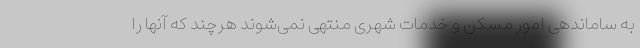
به ساماندهی امور مسکن و خدمات شهری منتهی نمی‌شوند هرچند که آنها را